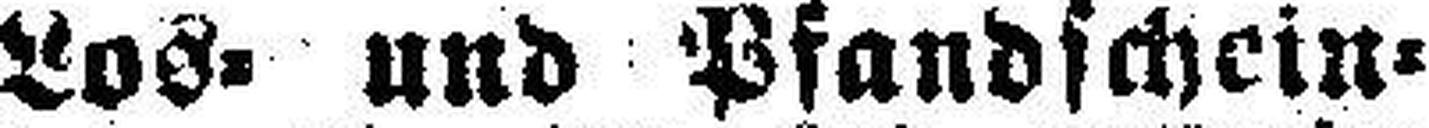
Los= und Pfandschein¬